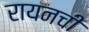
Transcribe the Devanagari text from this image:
रायनची